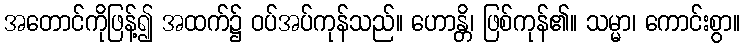
အတောင်ကိုဖြန့်၍ အထက်၌ ဝပ်အပ်ကုန်သည်။ ဟောန္တိ၊ ဖြစ်ကုန်၏။ သမ္မာ၊ ကောင်းစွာ။